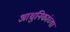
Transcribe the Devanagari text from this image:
आधुनिकांच्या